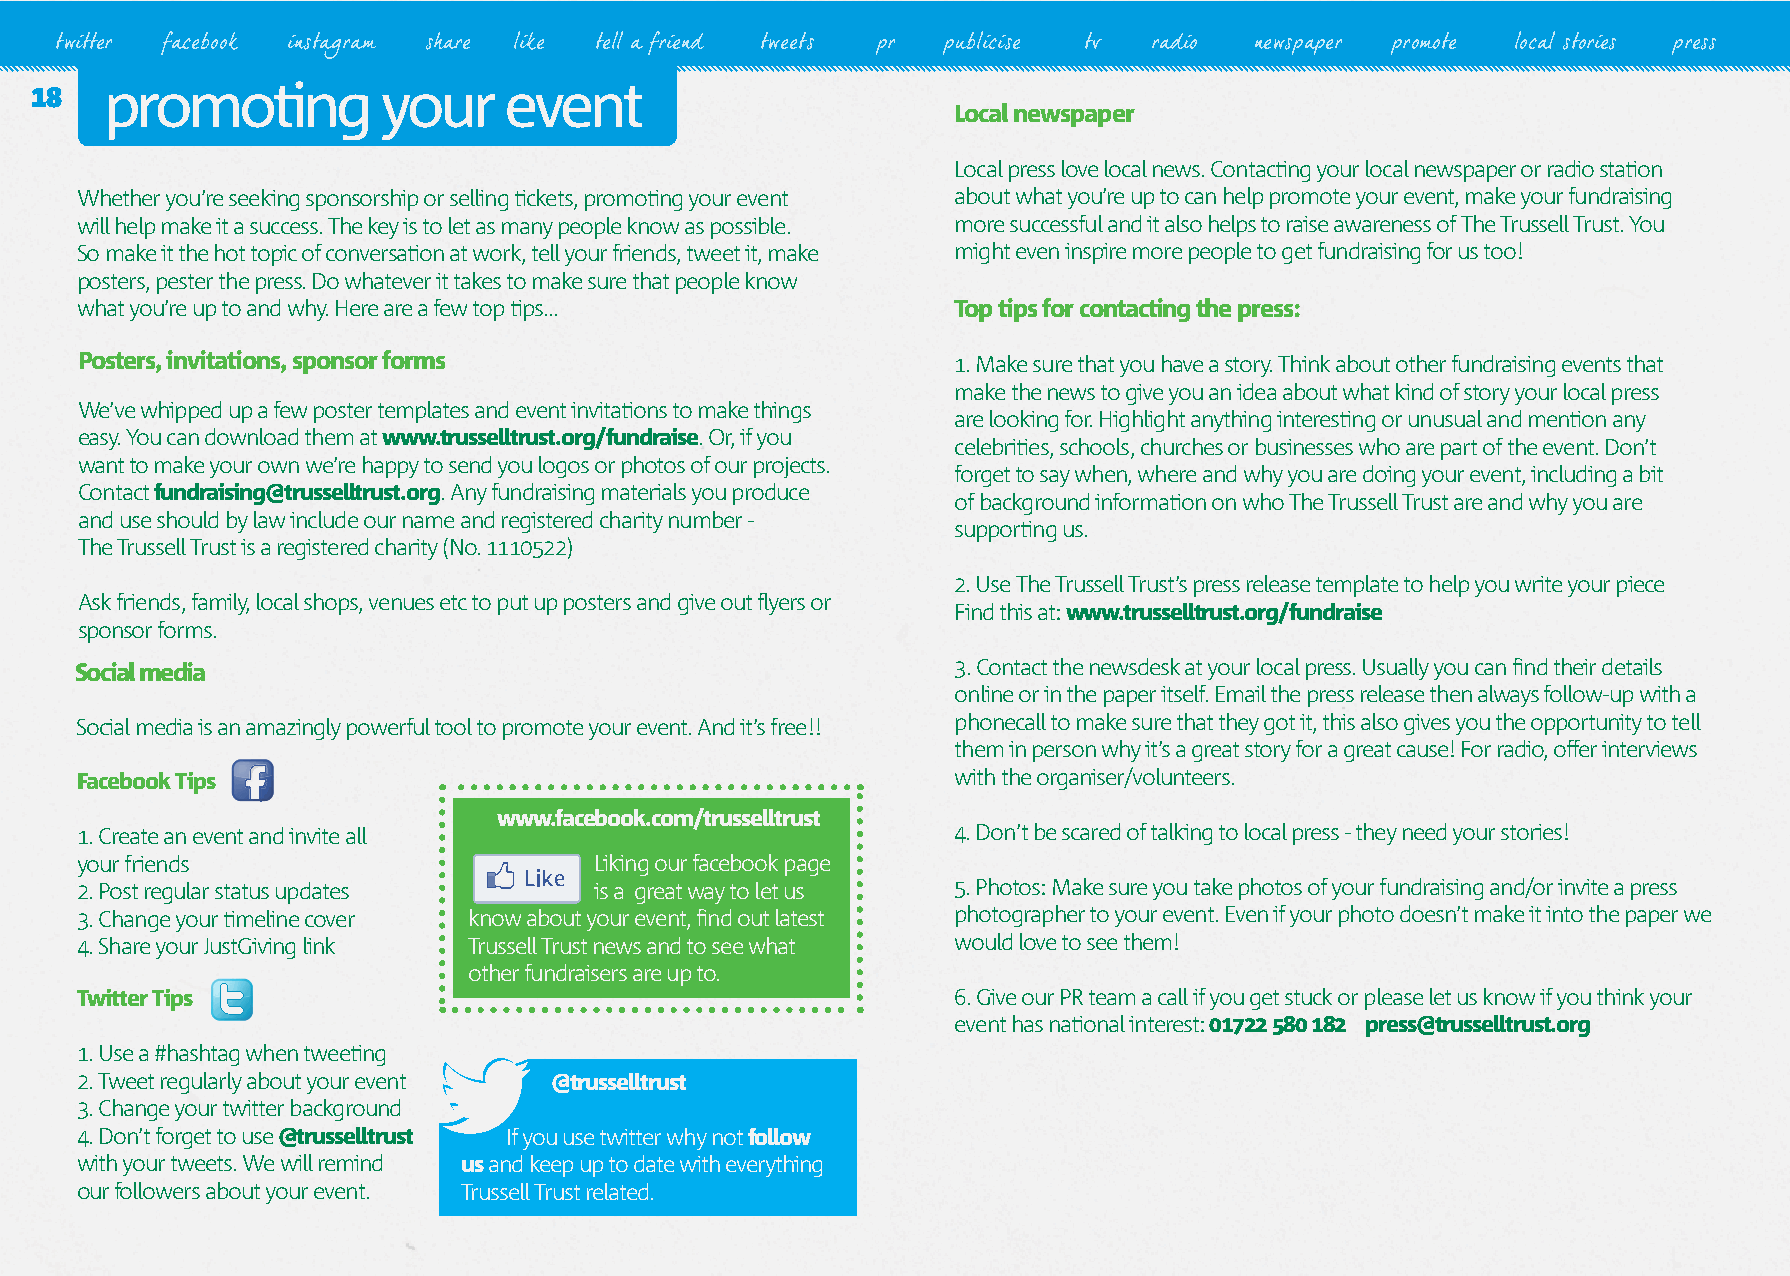
twitter facebook instagram share like tell a friend tweets pr publicise tv radio newspaper promote local stories press
 18   promoting         your    event
 Local newspaper
 Local press love local news. Contacting your local newspaper or radio station
 Whether you’re seeking sponsorship or selling tickets, promoting your event about what you’re up to can help promote your event, make your fundraising
 will help make it a success. The key is to let as many people know as possible. more successful and it also helps to raise awareness of The Trussell Trust. You
 So make it the hot topic of conversation at work, tell your friends, tweet it, make might even inspire more people to get fundraising for us too!
 posters, pester the press. Do whatever it takes to make sure that people know
 what you’re up to and why. Here are a few top tips...     Top tips for contacting the press:
 Posters, invitations, sponsor forms                       1. Make sure that you have a story. Think about other fundraising events that
 make the news to give you an idea about what kind of story your local press
 We’ve whipped up a few poster templates and event invitations to make things
 are looking for. Highlight anything interesting or unusual and mention any
 easy. You can download them at www.trusselltrust.org/fundraise. Or, if you
 celebrities, schools, churches or businesses who are part of the event. Don’t
 want to make your own we’re happy to send you logos or photos of our projects.
 forget to say when, where and why you are doing your event, including a bit
 Contact fundraising@trusselltrust.org. Any fundraising materials you produce
 of background information on who The Trussell Trust are and why you are
 and use should by law include our name and registered charity number -
 supporting us.
 The Trussell Trust is a registered charity (No. 1110522)
 2. Use The Trussell Trust’s press release template to help you write your piece
 Ask friends, family, local shops, venues etc to put up posters and give out flyers or
 Find this at: www.trusselltrust.org/fundraise
 sponsor forms.
 Social media                                              3. Contact the newsdesk at your local press. Usually you can find their details
 online or in the paper itself. Email the press release then always follow-up with a
 Social media is an amazingly powerful tool to promote your event. And it’s free!! phonecall to make sure that they got it, this also gives you the opportunity to tell
 them in person why it’s a great story for a great cause! For radio, offer interviews
 Facebook Tips                                             with the organiser/volunteers.
 www.facebook.com/trusselltrust
 1. Create an event and invite all                         4. Don’t be scared of talking to local press - they need your stories!
 your friends                      Liking our facebook page
 2. Post regular status updates    is a great way to let us 5. Photos: Make sure you take photos of your fundraising and/or invite a press
 3. Change your timeline cover know about your event, find out latest photographer to your event. Even if your photo doesn’t make it into the paper we
 4. Share your JustGiving link Trussell Trust news and to see what would love to see them!
 other fundraisers are up to.
 Twitter Tips                                              6. Give our PR team a call if you get stuck or please let us know if you think your
 event has national interest: 01722 580 182 press@trusselltrust.org
 1. Use a #hashtag when tweeting
 2. Tweet regularly about your event @trusselltrust
 3. Change your twitter background
 4. Don’t forget to use @trusselltrust If you use twitter why not follow
 with your tweets. We will remind us and keep up to date with everything
 our followers about your event. Trussell Trust related.